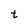
Character: t